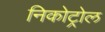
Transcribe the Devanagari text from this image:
निकोट्रोल